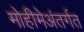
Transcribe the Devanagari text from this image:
मोहीमेअंतर्गत